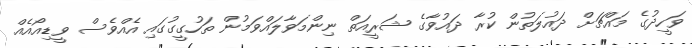
ވަހީދުގެ މައްޗަށް ދައުލަތުން ކުރާ ދައުވާގެ ޝަރީއަތް ނިންމަވާލައްވަމުން ތަހުގީގުގައި އެއްވެސް ވީޑިއޯއެއް